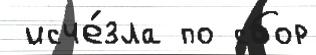
 исче́зла по сбор